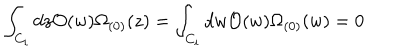
LaTeX: \int _ { C _ { i } } d z { \cal O } ( w ) \Omega _ { ( 0 ) } ( z ) = \int _ { C _ { i } } d w { \cal O } ( w ) \Omega _ { ( 0 ) } ( w ) = 0